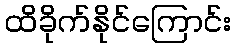
ထိခိုက်နိုင်ကြောင်း